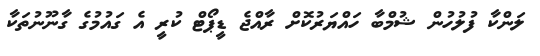
ލަންކާ ފުލުހުން ޝުމްބާ ހައްޔަރުކޮށް ރާއްޖެ ޑީޕޯޓް ކުރީ އެ ގައުމުގެ ގާނޫނުތަކާ